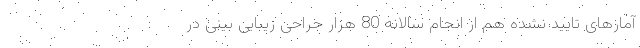
آمارهای تایید نشده هم از انجام سالانه 80 هزار جراحی زیبایی بینی در